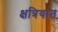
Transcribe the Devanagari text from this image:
क्षत्रियात